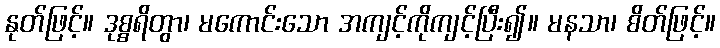
နုတ်ဖြင့်။ ဒုစ္စရိတွာ၊ မကောင်းသော အကျင့်ကိုကျင့်ပြီး၍။ မနသာ၊ စိတ်ဖြင့်။